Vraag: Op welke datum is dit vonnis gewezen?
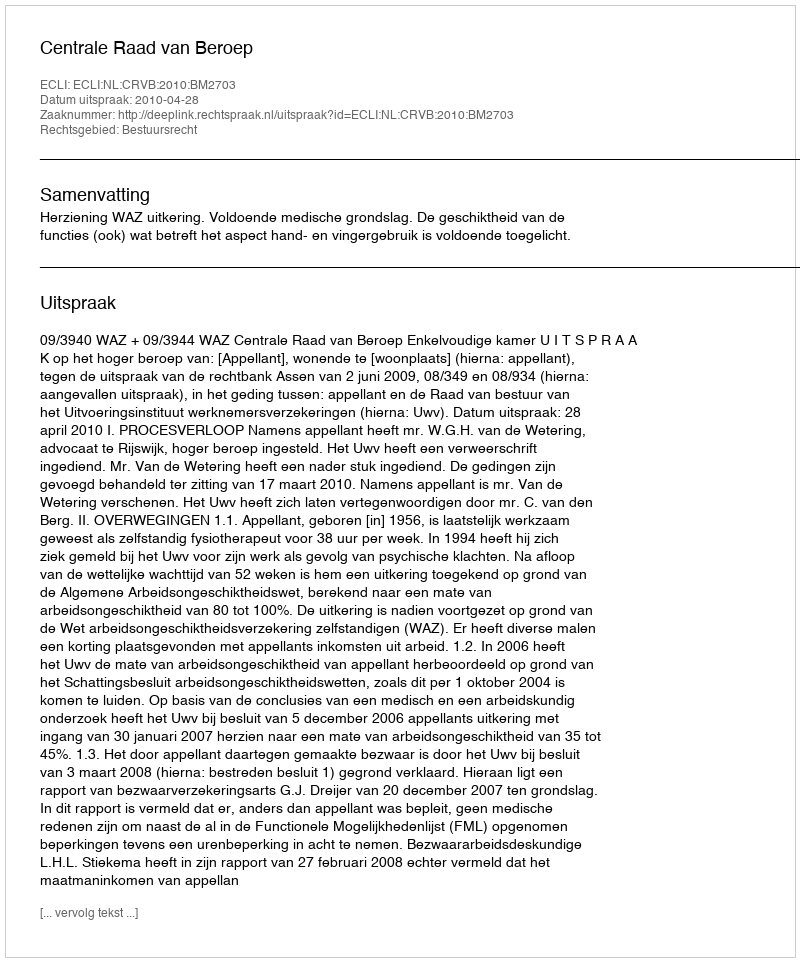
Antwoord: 2010-04-28